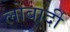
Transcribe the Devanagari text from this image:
लोबार्दी